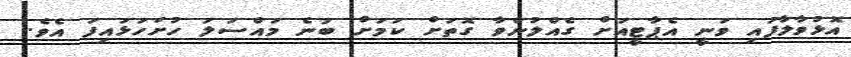
އޮޅުވާލާފައި ވަނީ އެޕާޓީއަށް ގެއްލުންވާ ގޮތަށް ކަމަށް ބުނެ މައްސަލަ ހުށަހަޅައިފަ އެވެ.